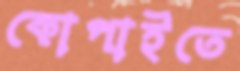
কোপাইতে